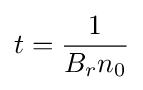
t={\frac {1}{B_{r}n_{0}}}